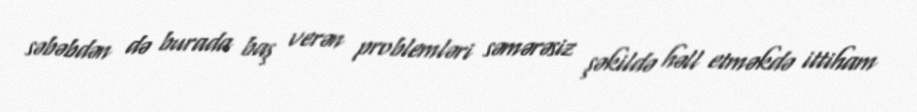
səbəbdən də burada baş verən problemləri səmərəsiz şəkildə həll etməkdə ittiham